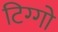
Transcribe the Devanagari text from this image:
टिग्गो